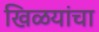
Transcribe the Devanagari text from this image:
खिळयांचा